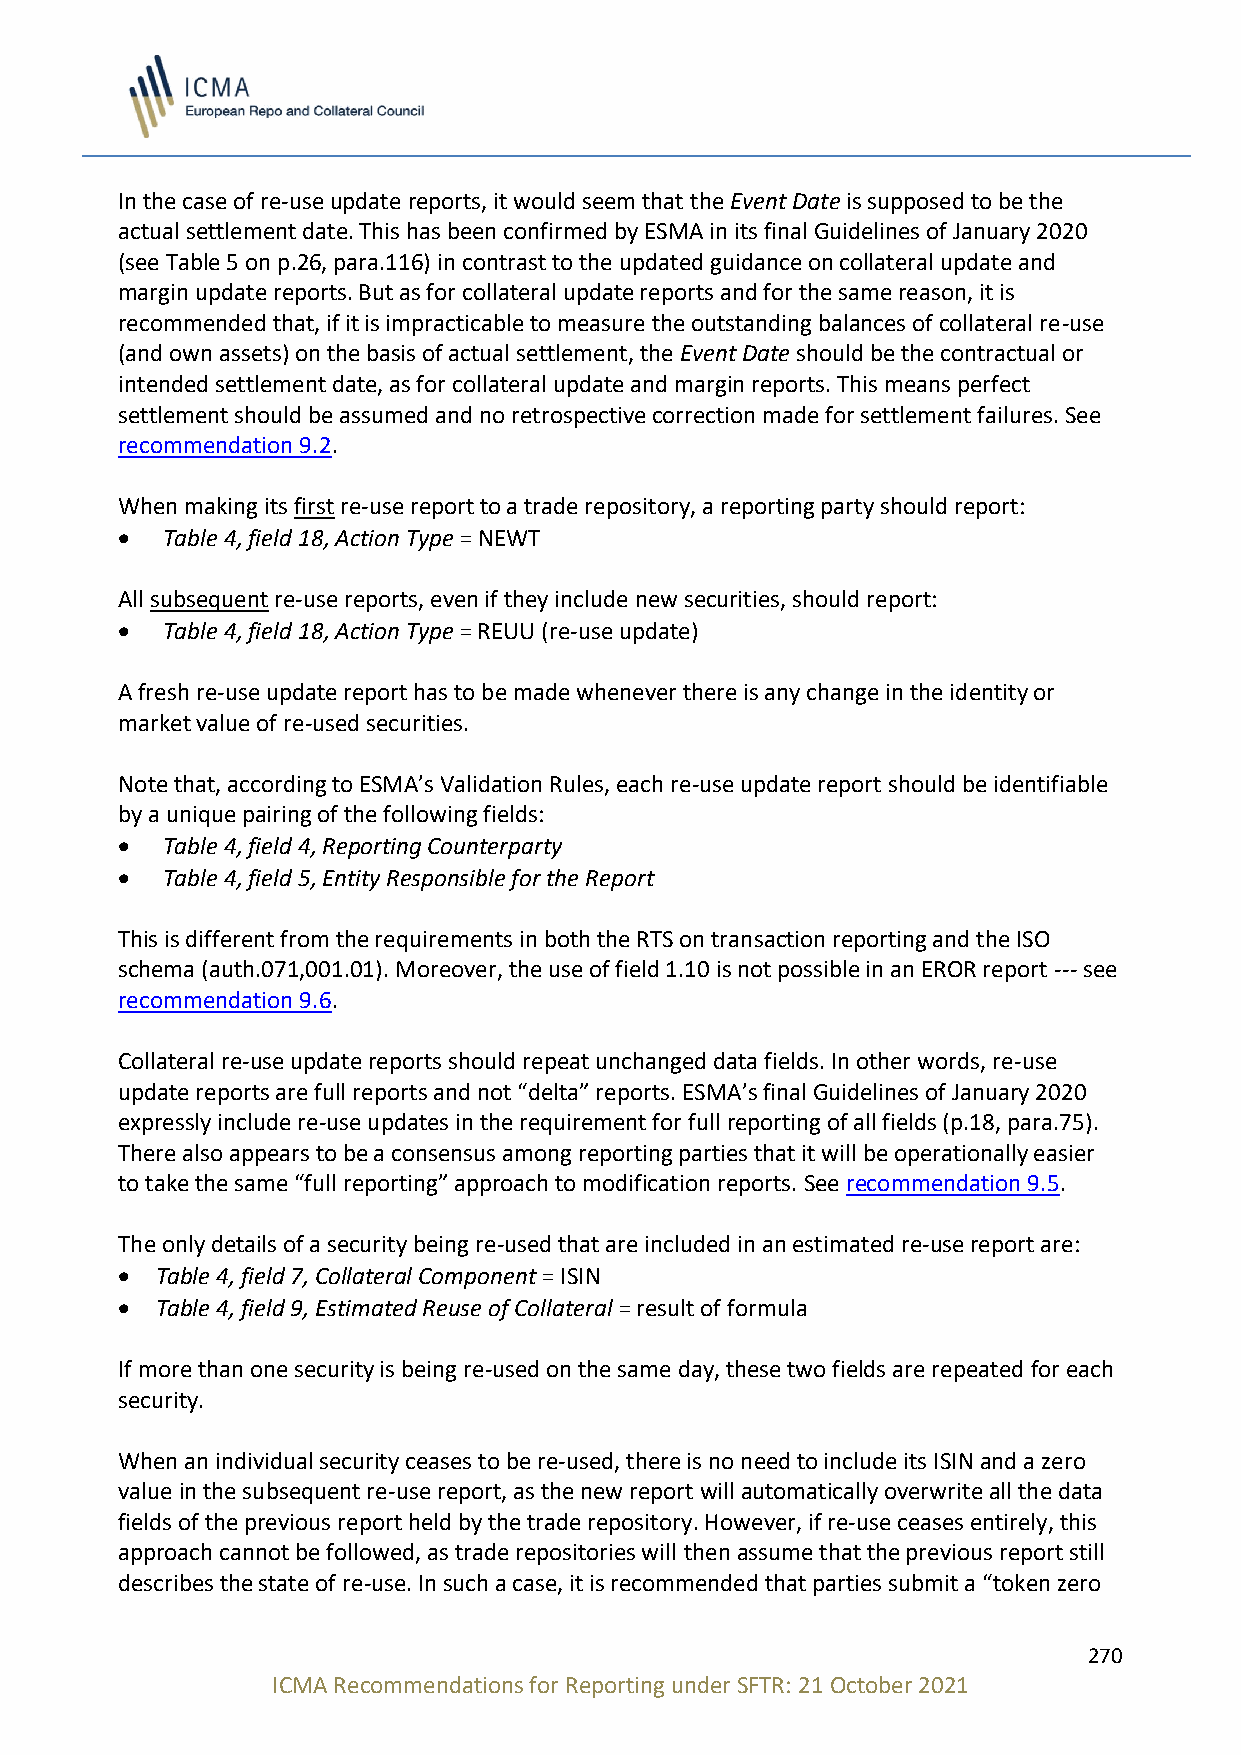
In the case of re-use update reports, it would seem that the Event Date is supposed to be the
 actual settlement date. This has been confirmed by ESMA in its final Guidelines of January 2020
 (see Table 5 on p.26, para.116) in contrast to the updated guidance on collateral update and
 margin update reports. But as for collateral update reports and for the same reason, it is
 recommended that, if it is impracticable to measure the outstanding balances of collateral re-use
 (and own assets) on the basis of actual settlement, the Event Date should be the contractual or
 intended settlement date, as for collateral update and margin reports. This means perfect
 settlement should be assumed and no retrospective correction made for settlement failures. See
 recommendation 9.2.
 When making its first re-use report to a trade repository, a reporting party should report:
 •  Table 4, field 18, Action Type = NEWT
 All subsequent re-use reports, even if they include new securities, should report:
 •  Table 4, field 18, Action Type = REUU (re-use update)
 A fresh re-use update report has to be made whenever there is any change in the identity or
 market value of re-used securities.
 Note that, according to ESMA’s Validation Rules, each re-use update report should be identifiable
 by a unique pairing of the following fields:
 •  Table 4, field 4, Reporting Counterparty
 •  Table 4, field 5, Entity Responsible for the Report
 This is different from the requirements in both the RTS on transaction reporting and the ISO
 schema (auth.071,001.01). Moreover, the use of field 1.10 is not possible in an EROR report --- see
 recommendation 9.6.
 Collateral re-use update reports should repeat unchanged data fields. In other words, re-use
 update reports are full reports and not “delta” reports. ESMA’s final Guidelines of January 2020
 expressly include re-use updates in the requirement for full reporting of all fields (p.18, para.75).
 There also appears to be a consensus among reporting parties that it will be operationally easier
 to take the same “full reporting” approach to modification reports. See recommendation 9.5.
 The only details of a security being re-used that are included in an estimated re-use report are:
 • Table 4, field 7, Collateral Component = ISIN
 • Table 4, field 9, Estimated Reuse of Collateral = result of formula
 If more than one security is being re-used on the same day, these two fields are repeated for each
 security.
 When an individual security ceases to be re-used, there is no need to include its ISIN and a zero
 value in the subsequent re-use report, as the new report will automatically overwrite all the data
 fields of the previous report held by the trade repository. However, if re-use ceases entirely, this
 approach cannot be followed, as trade repositories will then assume that the previous report still
 describes the state of re-use. In such a case, it is recommended that parties submit a “token zero
 270
 ICMA Recommendations for Reporting under SFTR: 21 October 2021